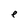
Character: e